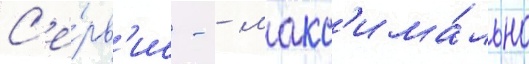
С'е́рв'ис - - макс'има́льно